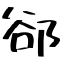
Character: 郤